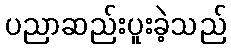
ပညာဆည်းပူးခဲ့သည်